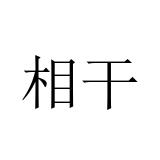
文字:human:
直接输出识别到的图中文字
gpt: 相干